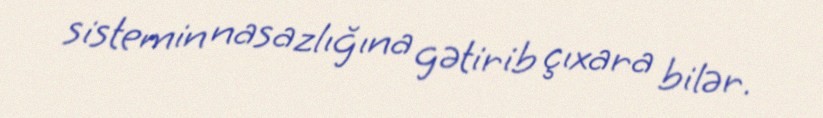
sistemin nasazlığına gətirib çıxara bilər.